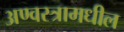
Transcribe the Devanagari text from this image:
अण्वस्त्रामधील